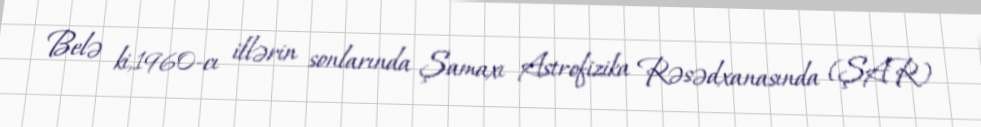
Belə ki,1960-cı illərin sonlarında Şamaxı Astrofizika Rəsədxanasında (ŞAR)